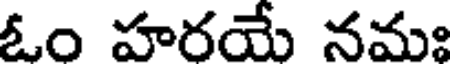
ఓం హరయే నమః